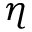
\eta